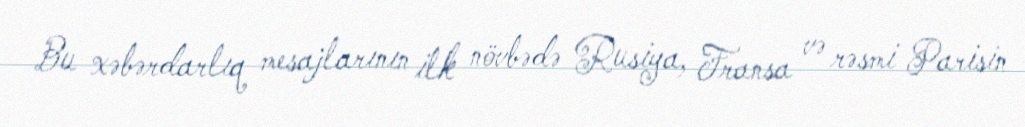
Bu xəbərdarlıq mesajlarının ilk növbədə Rusiya, Fransa və rəsmi Parisin